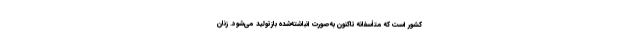
کشور است که متأسفانه تاکنون به‌صورت انباشته‌شده بازتولید می‌شود. زنان